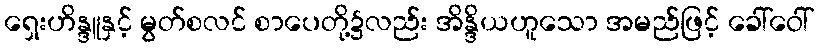
ရှေးဟိန္ဒူနှင့် မွတ်စလင် စာပေတို့၌လည်း အိန္ဒိယဟူသော အမည်ဖြင့် ခေါ်ဝေါ်